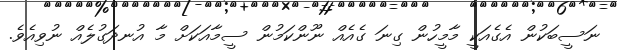
ނަސީބަކުން އެގެއަކީ މާމީހުން ގިނަ ގެއެއް ނޫންކަމުން ސީމާއަކަށް މާ އުނދަގުލެއް ނުވިއެވެ.